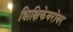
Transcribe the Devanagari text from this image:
शिक्षिकेबरोबर